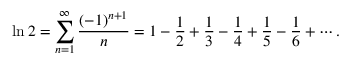
\ln 2 = \sum _ { n = 1 } ^ { \infty } { \frac { ( - 1 ) ^ { n + 1 } } { n } } = 1 - { \frac { 1 } { 2 } } + { \frac { 1 } { 3 } } - { \frac { 1 } { 4 } } + { \frac { 1 } { 5 } } - { \frac { 1 } { 6 } } + \cdots .